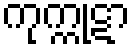
ကုက္ကုဋာ